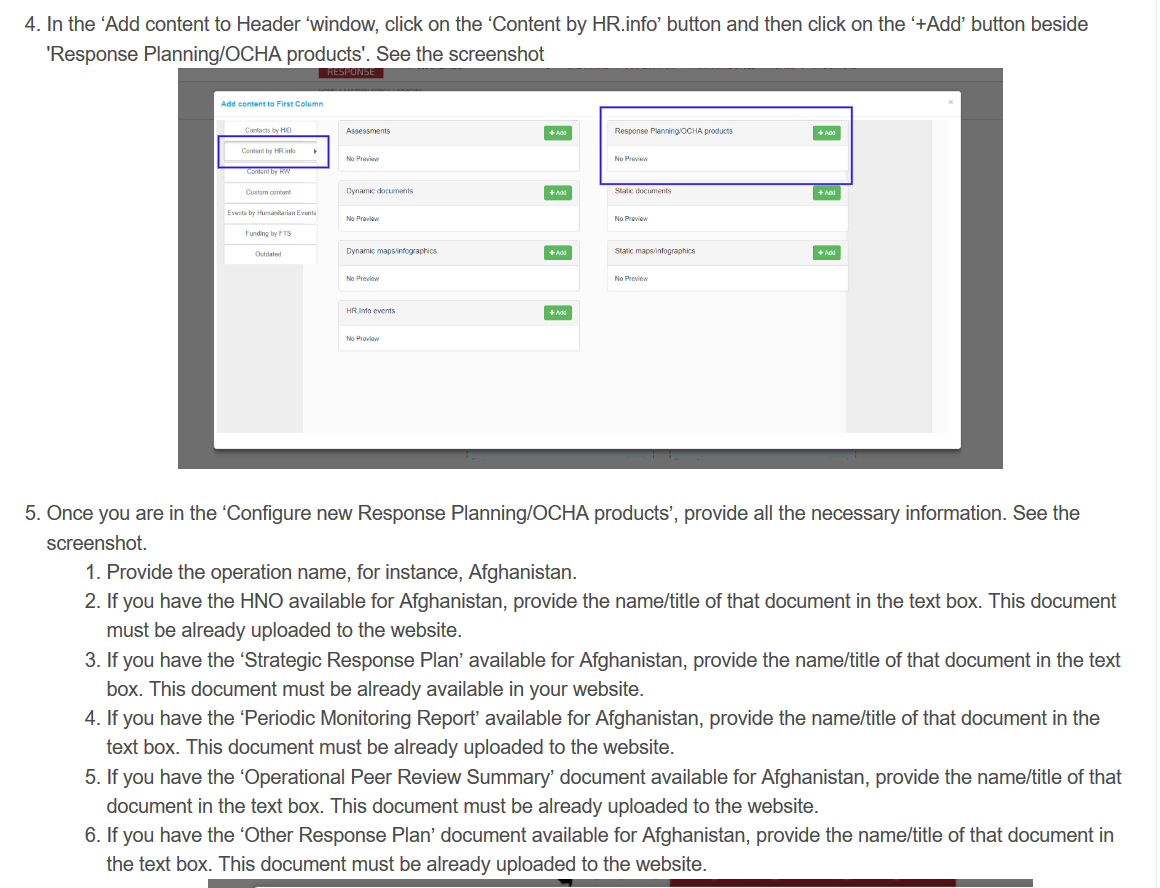
4. In the ‘Add content to Header ‘window, click on the ‘Content by HR. info’ button and then click on the ‘+Add’ button beside
     ‘Response Planning/OCHA products’. See the screenshot
     yma maps
     esponeeParr@ccik pais
     ‘sve magenogonce
   5. Once you are in the ‘Configure new Response Planning/OCHA products’, provide all the necessary information. See the
     screenshot.
     1. Provide the operation name, for instance, Afghanistan.
     2. If you have the HNO available for Afghanistan, provide the name/title of that document in the text box. This document
     must be already uploaded to the website.
     3. If you have the ‘Strategic Response Plan’ available for Afghanistan, provide the name/title of that document in the text
     box. This document must be already available in your website.
     4. If you have the ‘Periodic Monitoring Report’ available for Afghanistan, provide the nameftitle of that document in the
     text box. This document must be already uploaded to the website.
     5. If you have the ‘Operational Peer Review Summary’ document available for Afghanistan, provide the name/title of that
     document in the text box. This document must be already uploaded to the website.
     6. If you have the ‘Other Response Plan’ document available for Afghanistan, provide the name/title of that document in
     the text box. This document must be already uploaded to the website.